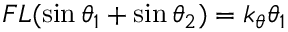
F L ( \sin \theta _ { 1 } + \sin \theta _ { 2 } ) = k _ { \theta } \theta _ { 1 }